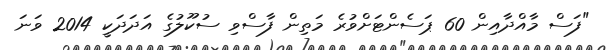
"ފަސް މާއްދާއިން 60 ޕަސެންޓަށްވުރެ މަތިން ފާސްވި ސުކޫލުގެ އަދަދަކީ 2014 ވަނަ